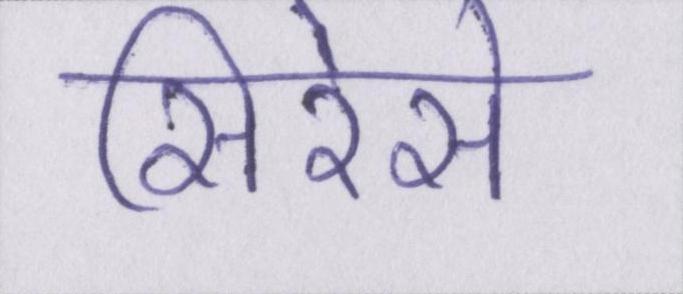
सिरेसे